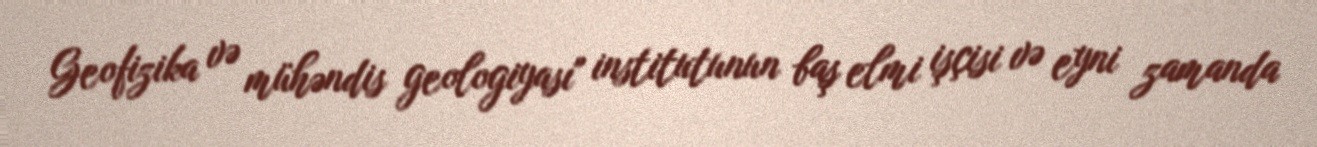
Geofizika və mühəndis geologiyası" institutunun baş elmi işçisi və eyni zamanda